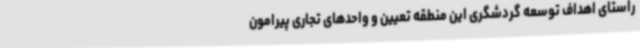
راستای اهداف توسعه گردشگری این منطقه تعیین و واحدهای تجاری پیرامون